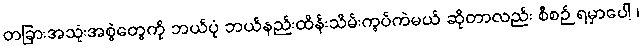
တခြားအသုံးအစွဲတွေကို ဘယ်ပုံ ဘယ်နည်းထိန်းသိမ်းကွပ်ကဲမယ် ဆိုတာလည်း စီစဉ် ရမှာပေါ့ ၊